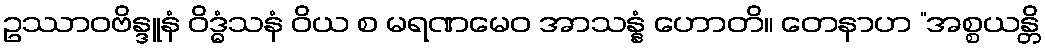
ဥဿာဝဗိန္ဒူနံ ဝိဒ္ဓံသနံ ဝိယ စ မရဏမေဝ အာသန္နံ ဟောတိ။ တေနာဟ “အစ္စယန္တိ